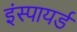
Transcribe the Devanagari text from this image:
इंस्पायर्ड